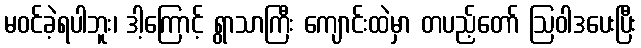
မဝင်ခဲ့ရပါဘူး၊ ဒါ့ကြောင့် ရွာသာကြီး ကျောင်းထဲမှာ တပည့်တော် ဩဝါဒပေးပြီး